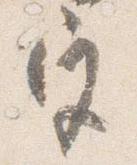
宮